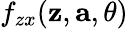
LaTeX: f_{zx}(\mathbf{z},\mathbf{a},\theta)